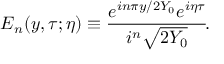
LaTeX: E _ { n } ( y , \tau ; \eta ) \equiv { \frac { e ^ { i n \pi y / 2 Y _ { 0 } } e ^ { i \eta \tau } } { i ^ { n } \sqrt { 2 Y _ { 0 } } } } \! .